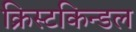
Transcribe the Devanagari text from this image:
क्रिस्टकिन्डल